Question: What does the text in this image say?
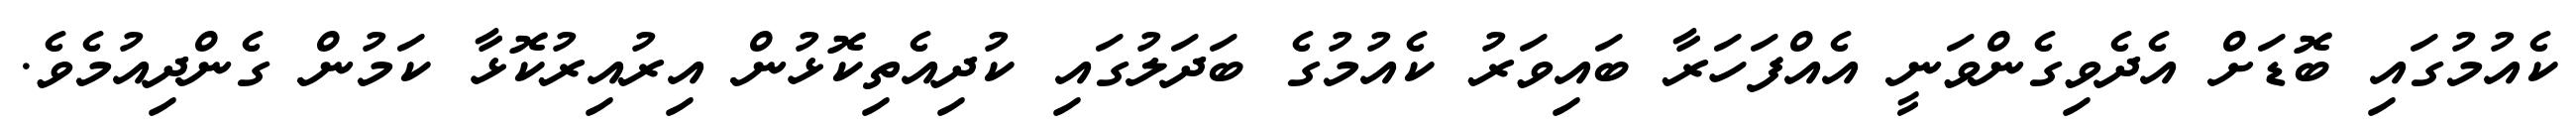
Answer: ކެއުމުގައި ބޮޑަށް އެދެވިގެންވަނީ އެއްފަހަރާ ބައިވަރު ކެއުމުގެ ބަދަލުގައި ކުދިއެތިކޮޅުން އިރުއިރުކޮޅާ ކަމުން ގެންދިއުމެވެ.